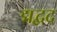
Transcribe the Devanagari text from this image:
द्मद्वद